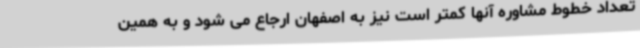
تعداد خطوط مشاوره آنها کمتر است نیز به اصفهان ارجاع می شود و به همین